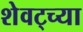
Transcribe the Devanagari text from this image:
शेवट्च्या